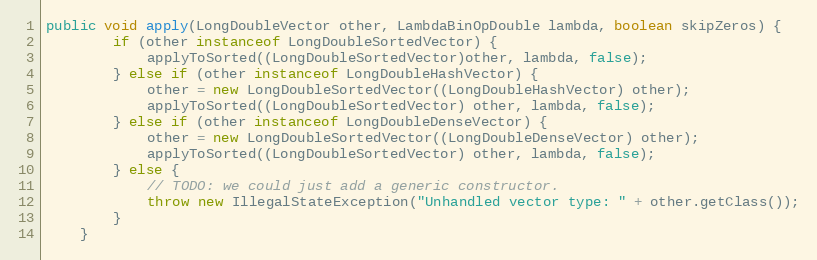
Language: Java
public void apply(LongDoubleVector other, LambdaBinOpDouble lambda, boolean skipZeros) {
        if (other instanceof LongDoubleSortedVector) {
            applyToSorted((LongDoubleSortedVector)other, lambda, false);
        } else if (other instanceof LongDoubleHashVector) {
            other = new LongDoubleSortedVector((LongDoubleHashVector) other);
            applyToSorted((LongDoubleSortedVector) other, lambda, false);
        } else if (other instanceof LongDoubleDenseVector) {
            other = new LongDoubleSortedVector((LongDoubleDenseVector) other);
            applyToSorted((LongDoubleSortedVector) other, lambda, false);
        } else {
            // TODO: we could just add a generic constructor.
            throw new IllegalStateException("Unhandled vector type: " + other.getClass());
        }
    }